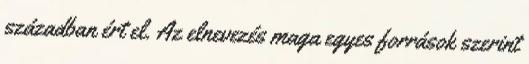
században ért el. Az elnevezés maga egyes források szerint